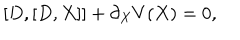
[ D , [ D , X ] ] + \partial _ { X } V ( X ) = 0 ,